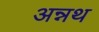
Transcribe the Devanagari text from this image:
अन्नथ